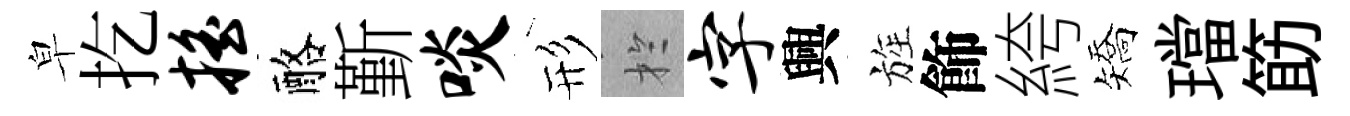
皁扢摇酪斳啖形扵字興旌飾絝矯璫筯